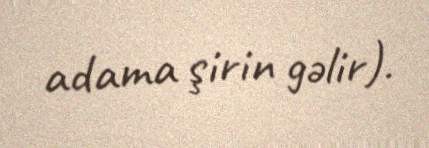
adama şirin gəlir).